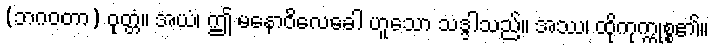
(ဘဂဝတာ) ဝုတ္တံ။ အယံ၊ ဤ မနောဝိလေခေါ ဟူသော သဒ္ဒါသည်။ အဿ၊ ထိုကုက္ကုစ္စ၏။